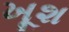
ખૂશ